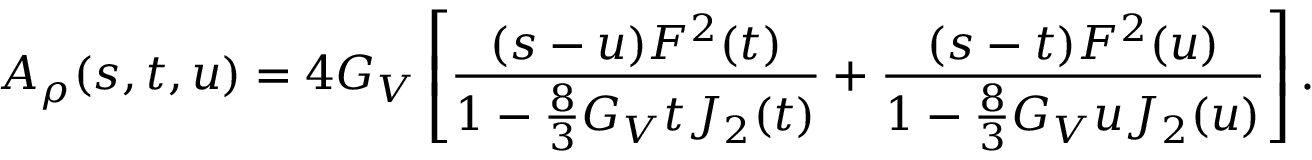
A _ { \rho } ( s , t , u ) = 4 G _ { V } \left[ \frac { ( s - u ) F ^ { 2 } ( t ) } { 1 - \frac { 8 } { 3 } G _ { V } t J _ { 2 } ( t ) } + \frac { ( s - t ) F ^ { 2 } ( u ) } { 1 - \frac { 8 } { 3 } G _ { V } u J _ { 2 } ( u ) } \right] .